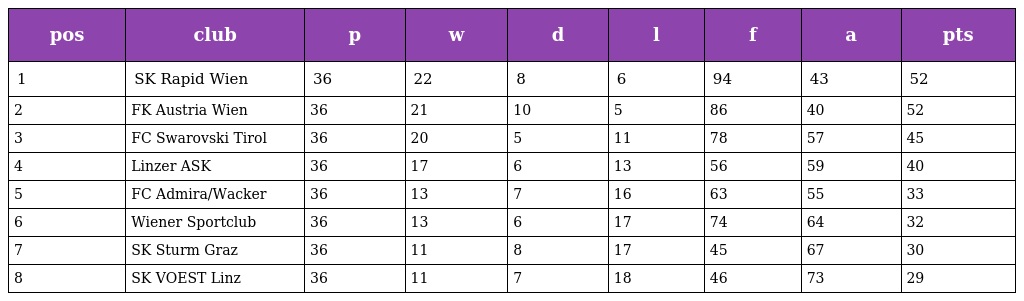
| pos | club | p | w | d | l | f | a | pts |
 | --- | --- | --- | --- | --- | --- | --- | --- | --- |
 | 1 | SK Rapid Wien | 36 | 22 | 8 | 6 | 94 | 43 | 52 |
 | 2 | FK Austria Wien | 36 | 21 | 10 | 5 | 86 | 40 | 52 |
 | 3 | FC Swarovski Tirol | 36 | 20 | 5 | 11 | 78 | 57 | 45 |
 | 4 | Linzer ASK | 36 | 17 | 6 | 13 | 56 | 59 | 40 |
 | 5 | FC Admira/Wacker | 36 | 13 | 7 | 16 | 63 | 55 | 33 |
 | 6 | Wiener Sportclub | 36 | 13 | 6 | 17 | 74 | 64 | 32 |
 | 7 | SK Sturm Graz | 36 | 11 | 8 | 17 | 45 | 67 | 30 |
 | 8 | SK VOEST Linz | 36 | 11 | 7 | 18 | 46 | 73 | 29 |